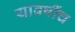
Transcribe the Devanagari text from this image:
यावर्षीच